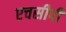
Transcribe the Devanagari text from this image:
एचसीपी